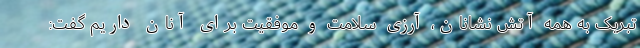
تبریک به همه آتش نشانان، آرزی سلامت و موفقیت برای آنان داریم گفت: